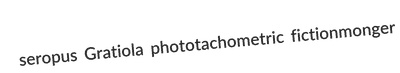
seropus Gratiola phototachometric fictionmonger